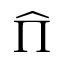
\widehat { \Pi }